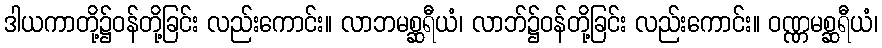
ဒါယကာတို့၌ဝန်တို့ခြင်း လည်းကောင်း။ လာဘမစ္ဆရီယံ၊ လာဘ်၌ဝန်တို့ခြင်း လည်းကောင်း။ ဝဏ္ဏမစ္ဆရီယံ၊